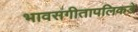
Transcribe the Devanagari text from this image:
भावसंगीतापलिकडे